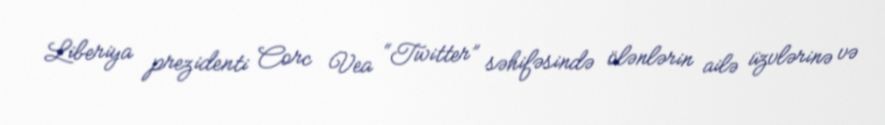
Liberiya prezidenti Corc Vea “Twitter” səhifəsində ölənlərin ailə üzvlərinə və